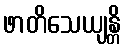
ဖာတိသေယျန္တိ